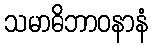
သမာဓိဘာဝနာနံ